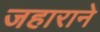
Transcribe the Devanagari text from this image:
जहाराने